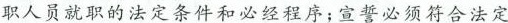
职人员就职的法定条件和必经程序；宣誓必须符合法定